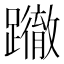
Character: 𨇂